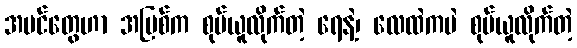
အပင်တွေဟာ အမြစ်က စုပ်ယူလိုက်တဲ့ ရေနဲ့၊ လေထဲကပဲ စုပ်ယူလိုက်တဲ့